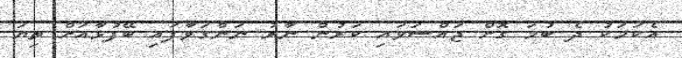
އެކަމަކު ދެ ބުމަ ގޮށް ޖައްސަވައި ކަރުން ނާރު ނަންގަވާފައި ބޭފުޅާއަށް ތިޔަ